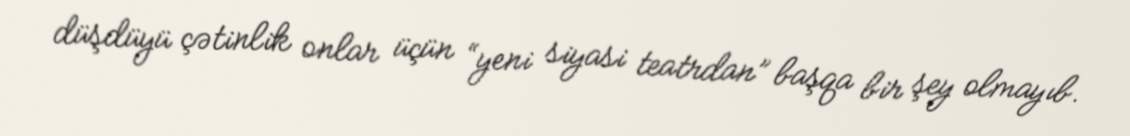
düşdüyü çətinlik onlar üçün “yeni siyasi teatrdan” başqa bir şey olmayıb.